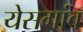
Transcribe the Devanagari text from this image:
येसगांव